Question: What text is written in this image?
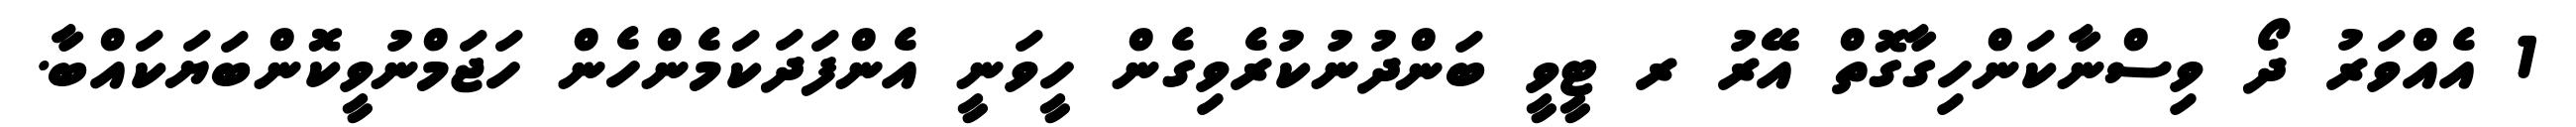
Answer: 1 އެއްވަރު ދޯ ވިސްނާކަންހިގާގޮތް އޭރު ރ ޓީވީ ބަންދުނުކުރެވިގެން ހީވަނީ އެންފަދަކަމެންހެން ހަޖަމްނުވީކޮންބަޔަކައްބާ.